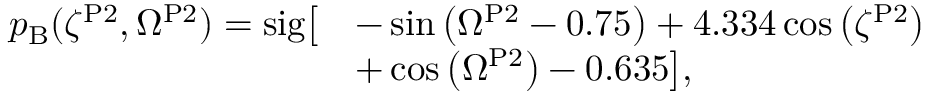
\begin{array} { r l } { p _ { \mathrm { B } } ( \zeta ^ { \mathrm { P 2 } } , \Omega ^ { \mathrm { P 2 } } ) = \mathrm { s i g } \bigl [ } & { - \sin { \left( \Omega ^ { \mathrm { P 2 } } - 0 . 7 5 \right) } + 4 . 3 3 4 \cos { \left( \zeta ^ { \mathrm { P 2 } } \right) } } \\ & { + \cos { \left( \Omega ^ { \mathrm { P 2 } } \right) } - 0 . 6 3 5 \bigr ] , } \end{array}